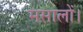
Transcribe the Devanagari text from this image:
मसालों।